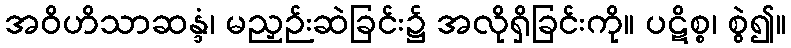
အဝိဟိသာဆန္ဒံ၊ မညှဉ်းဆဲခြင်း၌ အလိုရှိခြင်းကို။ ပဋိစ္စ၊ စွဲ၍။